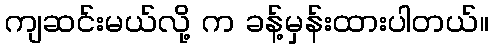
ကျဆင်းမယ်လို့ က ခန့်မှန်းထားပါတယ်။